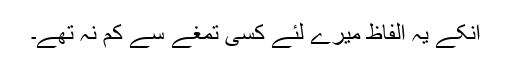
انکے یہ الفاظ میرے لئے کسی تمغے سے کم نہ تھے۔